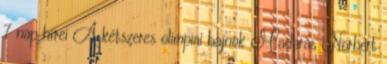
7 nap hírei A kétszeres olimpiai bajnok Madaras Norbert